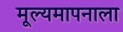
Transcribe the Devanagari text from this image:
मूल्यमापनाला